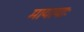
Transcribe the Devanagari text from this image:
मायायाः